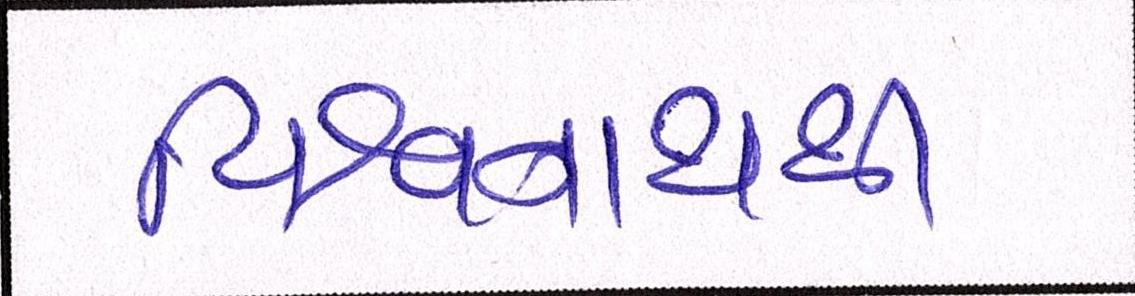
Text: વિશ્વનાથથી